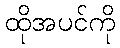
ထိုအပင်ကို